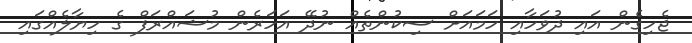
ޖެހިގެން އައި ދުވަހާއި ހަމައަށް ސިކުންތެއް ނުދޭ އަހަރެން މުޝައްރަފް ގެ ހިޔާލެއްގައި